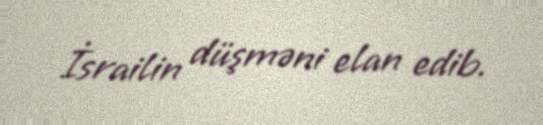
İsrailin düşməni elan edib.